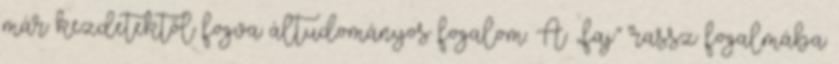
már kezdetektől fogva áltudományos fogalom. A „faj” rassz fogalmába